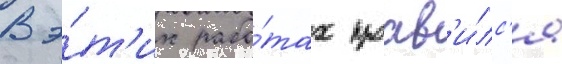
В э́т'их рабо́тах проав'и́лс'я